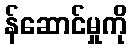
န်ဆောင်မှုကို